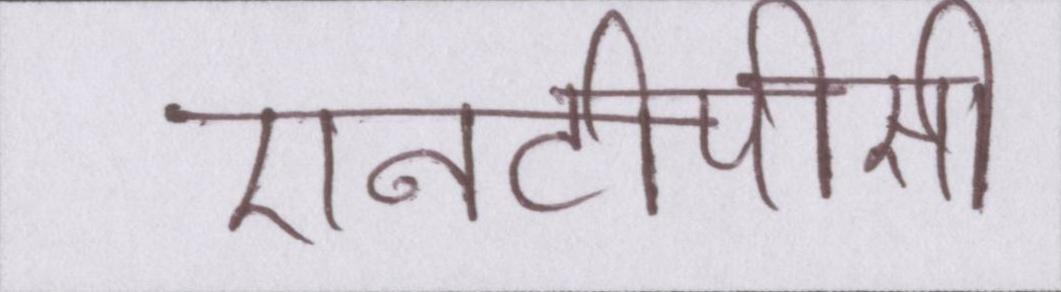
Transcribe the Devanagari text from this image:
एनटीपीसी